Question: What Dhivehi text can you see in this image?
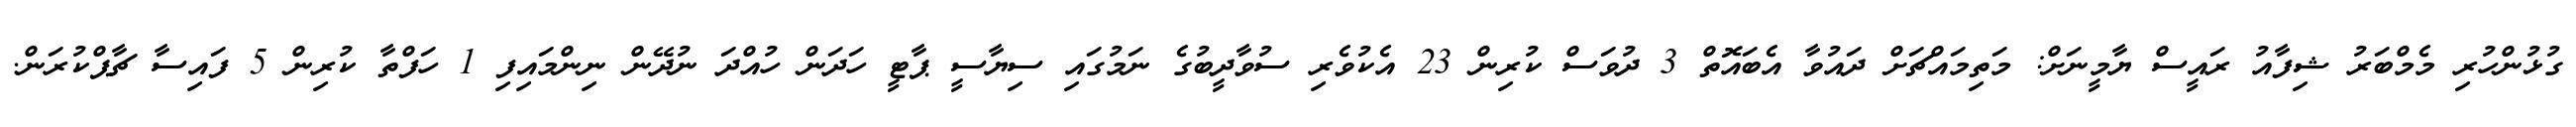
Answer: ގުޅުންހުރި މެމްބަރު ޝިފާއު ރައީސް ޔާމީނަށް: މަތިމައްޗަށް ދައުވާ އެބައޮތް 3 ދުވަސް ކުރިން 23 އެކުވެރި ސުވާދީބުގެ ނަމުގައި ސިޔާސީ ޕާޓީ ހަދަން ހުއްދަ ނުދޭން ނިންމައިފި 1 ހަފްތާ ކުރިން 5 ފައިސާ ޗާޕްކުރަން.